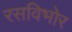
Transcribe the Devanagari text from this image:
रसविभोर